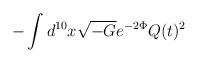
LaTeX: \begin{align*} - \int d^{10} x\sqrt{-G}e^{-2\Phi} Q(t)^2\end{align*}